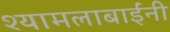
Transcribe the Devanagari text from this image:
श्यामलाबाईंनी